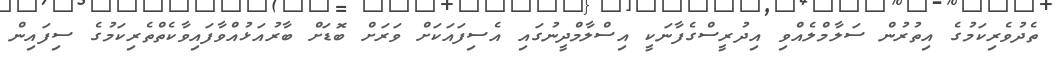
ތެދުވެރިކަމުގެ އިތުރުން ސަލާމްލެއްވި އިދުރީސްގެފާނަކީ އިސްލާމްދީނުގައި އެސިފައަކަށް ވަރަށް ބޮޑަށް ބާރުއަޅުއްވާފައިވާކެތްތެރިކަމުގެ ސިފައިން